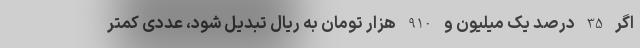
اگر 35 درصد یک میلیون و 910 هزار تومان به ریال تبدیل شود، عددی کمتر